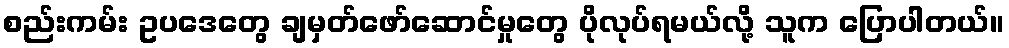
စည်းကမ်း ဥပဒေတွေ ချမှတ်ဖော်ဆောင်မှုတွေ ပိုလုပ်ရမယ်လို့ သူက ပြောပါတယ်။